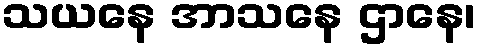
သယနေ အာသနေ ဌာနေ၊